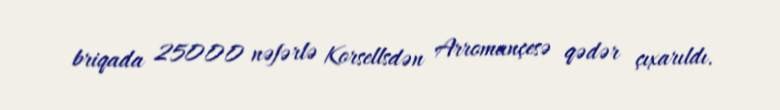
briqada 25000 nəfərlə Korsellsdən Arromançesə qədər çıxarıldı.